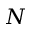
N